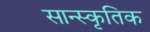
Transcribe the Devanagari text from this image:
सान्स्कृतिक